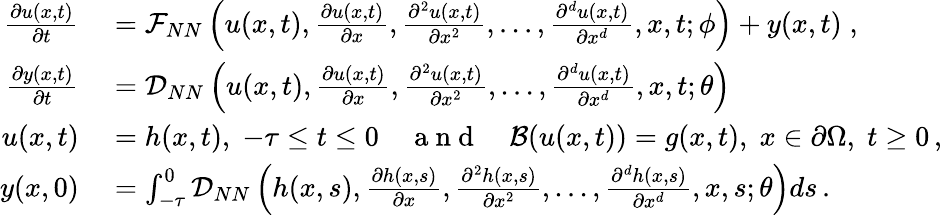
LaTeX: \begin{array}{rl}{\frac{\partial u(x,t)}{\partial t}}&{{}=\mathcal{F}_{NN}\left(u(x,t),\frac{\partial u(x,t)}{\partial x},\frac{\partial^{2}u(x,t)}{\partial x^{2}},...,\frac{\partial^{d}u(x,t)}{\partial x^{d}},x,t;\phi\right)+y(x,t)\; ,}\\ {\frac{\partial y(x,t)}{\partial t}}&{{}=\mathcal{D}_{NN}\left(u(x,t),\frac{\partial u(x,t)}{\partial x},\frac{\partial^{2}u(x,t)}{\partial x^{2}},...,\frac{\partial^{d}u(x,t)}{\partial x^{d}},x,t;\theta\right)}\\ {u(x,t)}&{{}=h(x,t),\; -\tau\leq t\leq 0\quad\mathrm{~a~n~d~}\quad\mathcal{B}(u(x,t))=g(x,t),\; x\in\partial\Omega,\; t\geq 0\, ,}\\ {y(x,0)}&{{}=\int_{-\tau}^{0}\mathcal{D}_{NN}\left(h(x,s),\frac{\partial h(x,s)}{\partial x},\frac{\partial^{2}h(x,s)}{\partial x^{2}},...,\frac{\partial^{d}h(x,s)}{\partial x^{d}},x,s;\theta\right)ds\, .}\end{array}